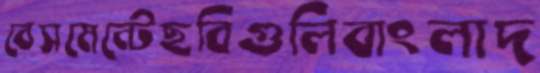
বেসমেন্টেছবিগুলিবাংলাদ